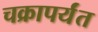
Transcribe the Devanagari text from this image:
चक्रापर्यंत